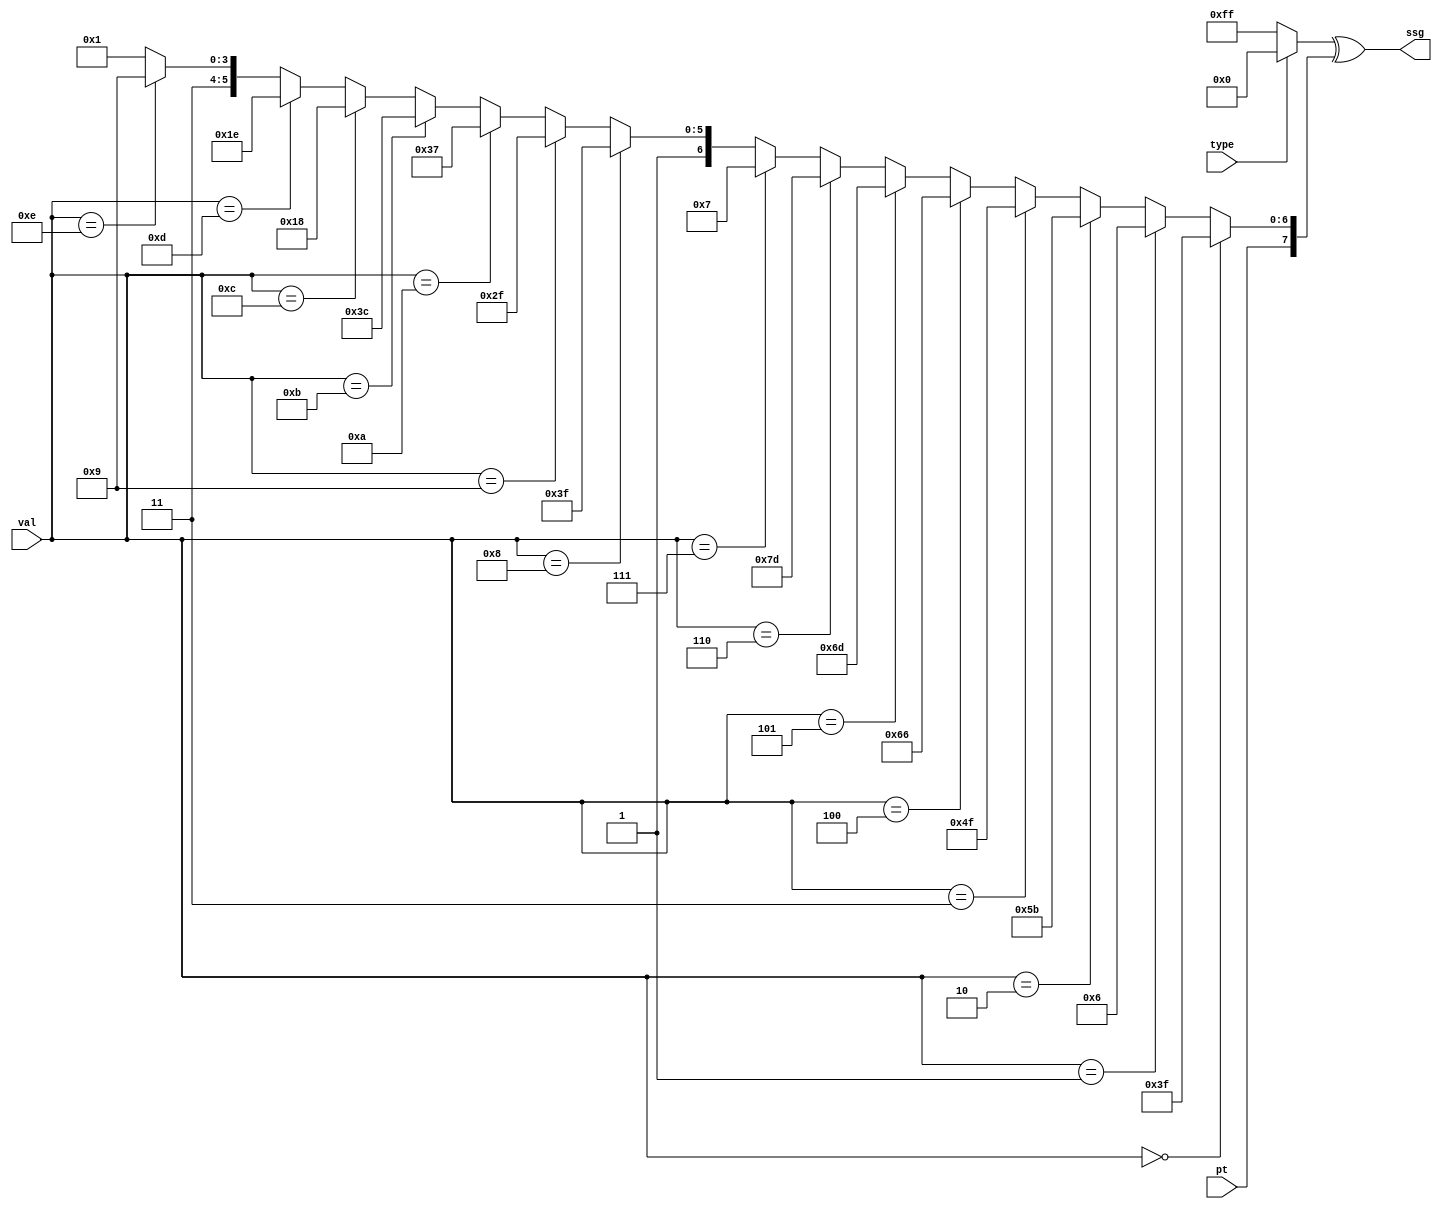
////////////////////////////////////////////////////////////////////////////////
// ssdec.v -- seven segment decoder
//
//          03/16/06
////////////////////////////////////////////////////////////////////////////////
module ssdec(val, pt, type, ssg); 
	input [3:0] val; 			// binary value
	input pt, type; 			// point, display type (0: anode, 1: cathode)
	output [7:0] ssg;			// segments

	assign ssg = ((type == 1) ? 8'h0 : 8'hff) ^ (
			(val == 0) ? {pt, 7'b0111111} :
			(val == 1) ? {pt, 7'b0000110} :
			(val == 2) ? {pt, 7'b1011011} :
			(val == 3) ? {pt, 7'b1001111} :
			(val == 4) ? {pt, 7'b1100110} :
			(val == 5) ? {pt, 7'b1101101} :
			(val == 6) ? {pt, 7'b1111101} :
			(val == 7) ? {pt, 7'b0000111} :
			(val == 8) ? {pt, 7'b1111111} : 
			(val == 9) ? {pt, 7'b1101111} :
			(val == 10) ? {pt, 7'b1110111} :
			(val == 11) ? {pt, 7'b1111100} :
			(val == 12) ? {pt, 7'b1011000} :
			(val == 13) ? {pt, 7'b1011110} :
			(val == 14) ? {pt, 7'b1111001} : 
			{pt, 7'b1110001});

endmodule